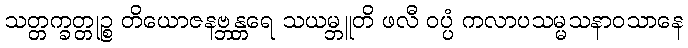
သတ္တက္ခတ္တုဉ္စ တိယောဇနဗ္ဘန္တရေ သယမ္ဘူတိ ဖလီ ဝပ္ပံ ကလာပသမ္မသနာဝသာနေ